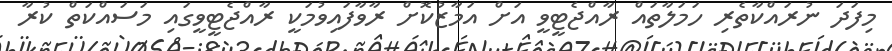
މިފަދަ ނުރައްކާތެރި ހަމަލާތައް ރާއްޖެޓީވީ އަށް އަމާޒުކޮށް ރާވާފައިވުމަކީ ރާއްޖެޓީވީގައި މަސައްކަތް ކުރާ